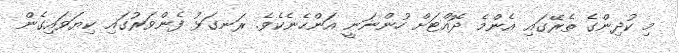
މި ކުދިންގެ ތެރޭގައި އެންމެ ދޮއްޓަށް ހުންނަނީ އަންހެނެކެވެ. ރަނގަޅު ފެންވަަރުގައި ކިޔަވައިގެން